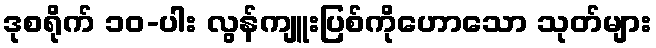
ဒုစရိုက် ၁၀-ပါး လွန်ကျူးပြစ်ကိုဟောသော သုတ်များ